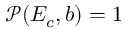
\mathcal { P } ( E _ { c } , b ) = 1